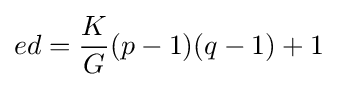
ed={\frac {K}{G}}(p-1)(q-1)+1